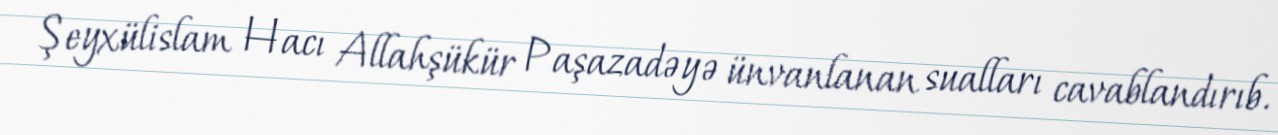
Şeyxülislam Hacı Allahşükür Paşazadəyə ünvanlanan sualları cavablandırıb.